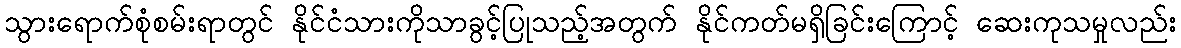
သွားရောက်စုံစမ်းရာတွင် နိုင်ငံသားကိုသာခွင့်ပြုသည့်အတွက် နိုင်ကတ်မရှိခြင်းကြောင့် ဆေးကုသမှုလည်း